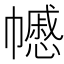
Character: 𢅪